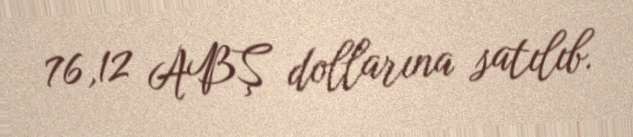
76,12 ABŞ dollarına satılıb.